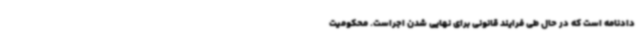
دادنامه است که در حال طی فرایند قانونی برای نهایی شدن اجراست. محکومیت